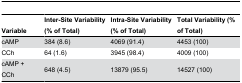
<table><thead><tr><td><b>Variable</b></td><td><b>Inter-Site Variability (% of Total)</b></td><td><b>Intra-Site Variability (% of Total)</b></td><td><b>Total Variability (% of Total)</b></td></tr></thead><tbody><tr><td>cAMP</td><td>384 (8.6)</td><td>4069 (91.4)</td><td>4453 (100)</td></tr><tr><td>CCh</td><td>64 (1.6)</td><td>3945 (98.4)</td><td>4009 (100)</td></tr><tr><td>cAMP + CCh</td><td>648 (4.5)</td><td>13879 (95.5)</td><td>14527 (100)</td></tr></tbody></table>